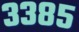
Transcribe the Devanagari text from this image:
३३८५